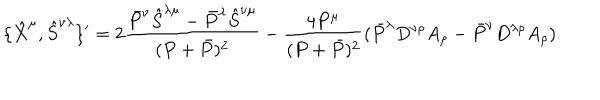
\{ \hat { X } ^ { \mu } , \hat { S } ^ { \nu \lambda } \} ^ { \prime } = 2 \frac { \bar { P } ^ { \nu } \hat { S } ^ { \lambda \mu } - \bar { P } ^ { \lambda } \hat { S } ^ { \nu \mu } } { ( P + \bar { P } ) ^ { 2 } } - \frac { 4 P ^ { \mu } } { ( P + \bar { P } ) ^ { 2 } } ( \bar { P } ^ { \lambda } D ^ { \nu \rho } A _ { \rho } - \bar { P } ^ { \nu } D ^ { \lambda \rho } A _ { \rho } ) . \nonumber \,